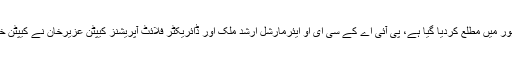
ترجمان کے مطابق مسافر خاتون کےگھر والوں کولاہور میں مطلع کردیا گیا ہے، پی آئی اے کے سی ای او ایئرمارشل ارشد ملک اور ڈائریکٹر فلائٹ آپریشنز کیپٹن عزیرخان نے کیپٹن خالد انور اور عملے کوتعریفی اسناد دینے کا اعلان کیا۔